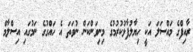
ރާއިފްގެ މައްސަލަ އަކީ ހިޔާލުފާޅުކުރުމުގެ މިނިވަންކަން ނުވަތަ އެ ހައްގުގެ ނަމުގައި އިސްލާމް